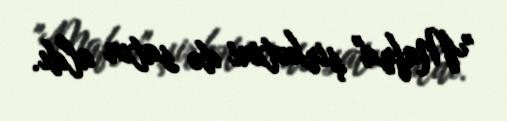
"Mafra" şirkətini də satın aldı.